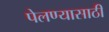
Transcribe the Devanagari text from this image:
पेलण्‍यासाठी